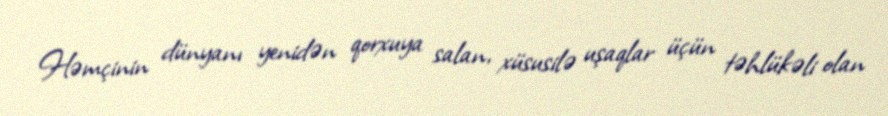
Həmçinin dünyanı yenidən qorxuya salan, xüsusilə uşaqlar üçün təhlükəli olan